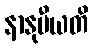
နာနုမီယတိ